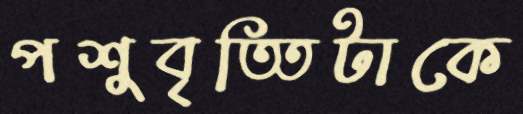
পশুবৃত্তিটাকে